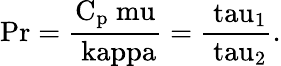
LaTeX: \mathrm{Pr=\frac{C_{p}\ mu}{\ kappa}=\frac{\ tau_{1}}{\ tau_{2}}.}